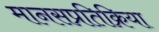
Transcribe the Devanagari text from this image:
मानसप्रतिक्रिया